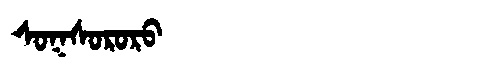
Manchu: ᠰᠣᡴᠰᠣᡵᠣᡵᠣ
Romanization: SOKSORORO